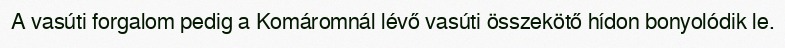
A vasúti forgalom pedig a Komáromnál lévő vasúti összekötő hídon bonyolódik le.